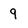
Character: 9